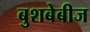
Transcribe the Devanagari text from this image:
बुशबेबीज